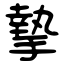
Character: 摯